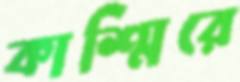
কাশ্মিরে